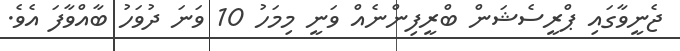
ޖެނީވާގައި ޕްރީސެޝަން ބްރީފިންނެއް ވަނީ މިމަހު 10 ވަނަ ދުވަހު ބާއްވާފަ އެވެ.